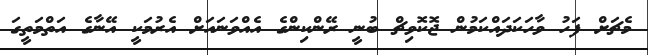
މެޗަށް ފަހު ވާހަކަދައްކަމުން ޖޮކޮވިޗް ބުނީ ރޭންކިންގެ އެއްވަނައަށް އެރުމަކީ އޭނާގެ އަތްމަތީގަ